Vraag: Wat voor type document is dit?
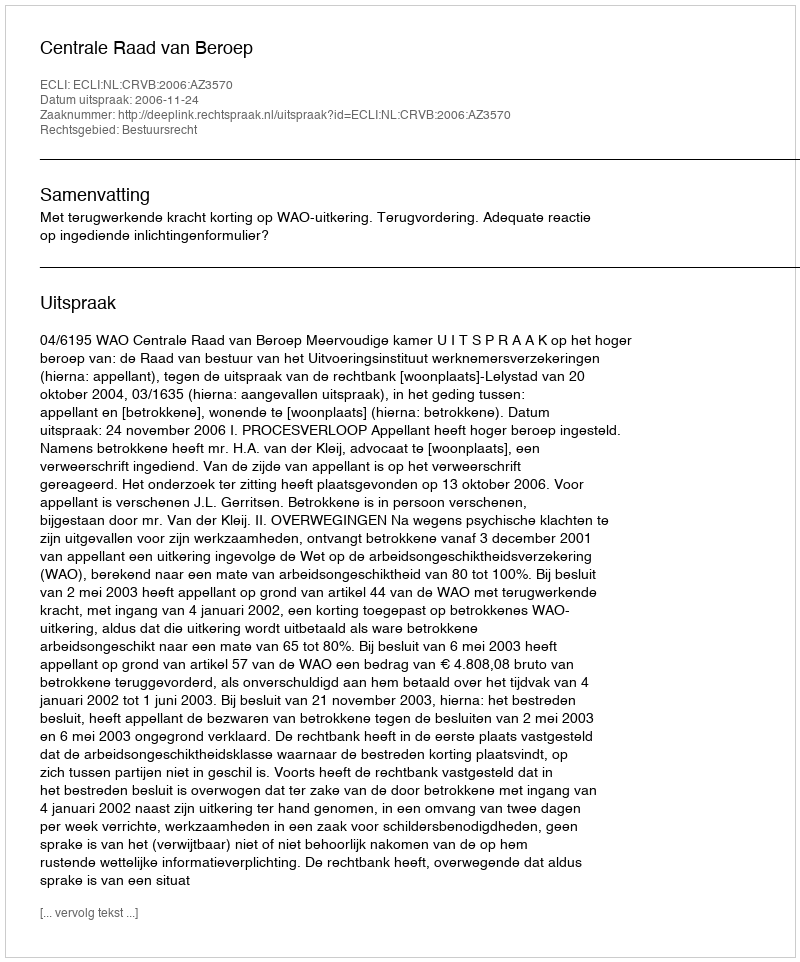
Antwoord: Uitspraak